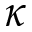
\kappa